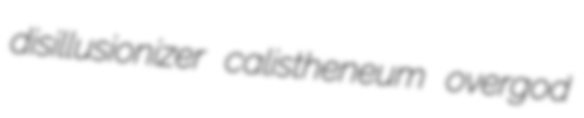
disillusionizer calistheneum overgod